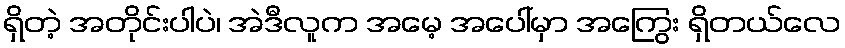
ရှိတဲ့ အတိုင်းပါပဲ၊ အဲဒီလူက အမေ့ အပေါ်မှာ အကြွေး ရှိတယ်လေ